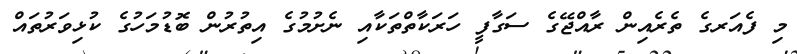
މި ފެއަރގެ ތެރެއިން ރާއްޖޭގެ ސަގާފީ ހަރަކާތްތަކާއި ނެށުމުގެ އިތުރުން ބޮޑުމަހުގެ ކުޅިވަރުތައް